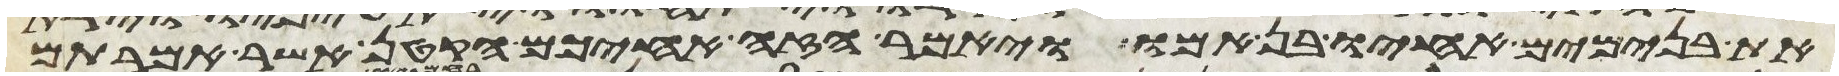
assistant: את בנימים אחיו בן אמו ויאמר הזה אחיכם הקטן אשר אמרתם